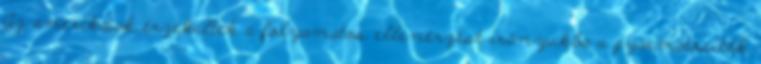
Az amerikaiak érzékelték a folyamatos ellenérzést irányukba a gyarmatosítók